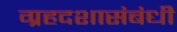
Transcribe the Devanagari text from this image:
ग्रहदशासंबंधी